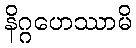
နိဂ္ဂဟေဿာမိ